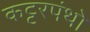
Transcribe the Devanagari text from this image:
कट्टरपंथो